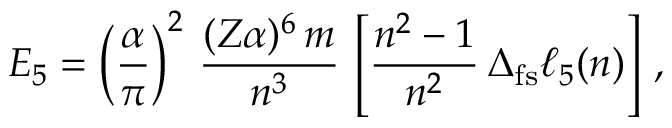
E _ { 5 } = \left( \frac { \alpha } { \pi } \right) ^ { 2 } \, \frac { ( Z \alpha ) ^ { 6 } \, m } { n ^ { 3 } } \, \left[ \frac { n ^ { 2 } - 1 } { n ^ { 2 } } \, \Delta _ { \mathrm { f s } } { { \ell } } _ { 5 } ( n ) \right] \, ,